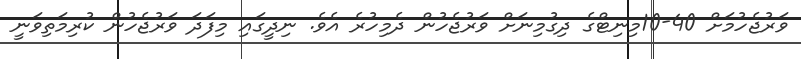
ވަރުޖެހުމަށް 40-10މިނިޓްގެ ދިގުމިނަށް ވަރުޖެހުން ދެމިހުރެ އެވެ. ނިދީގައި މިފަދަ ވަރުޖެހުން ކުރިމަތިވަނީ